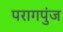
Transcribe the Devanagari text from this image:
परागपुंज